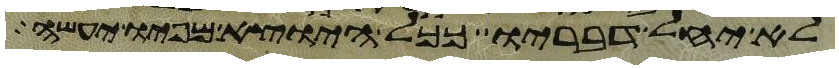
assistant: לא יחל דבריו ככל היוצא מפיו יעשה